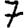
Digit: 7